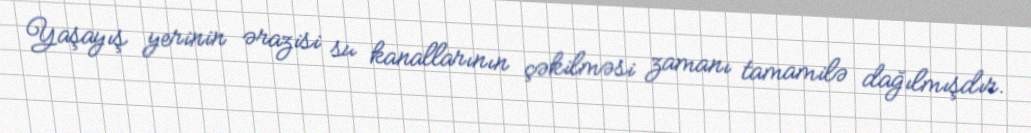
Yaşayış yerinin ərazisi su kanallarının çəkilməsi zamanı tamamilə dağılmışdır.